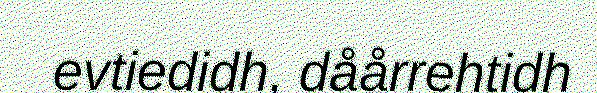
evtiedidh, dåårrehtidh